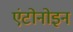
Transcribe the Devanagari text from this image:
एंटोनोइन